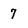
Character: 7